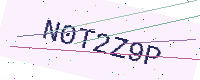
Text: N0T2Z9P